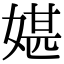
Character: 媅